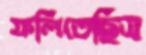
ফলিতেছিস